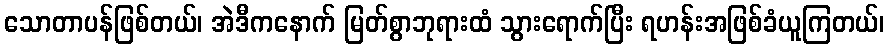
သောတာပန်ဖြစ်တယ်၊ အဲဒီကနောက် မြတ်စွာဘုရားထံ သွားရောက်ပြီး ရဟန်းအဖြစ်ခံယူကြတယ်၊